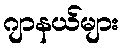
ဂျာနယ်များ